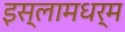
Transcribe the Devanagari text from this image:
इस्लामधर्म